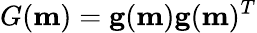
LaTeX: G(\mathbf{m})=\mathbf{g}(\mathbf{m})\mathbf{g}(\mathbf{m})^{T}